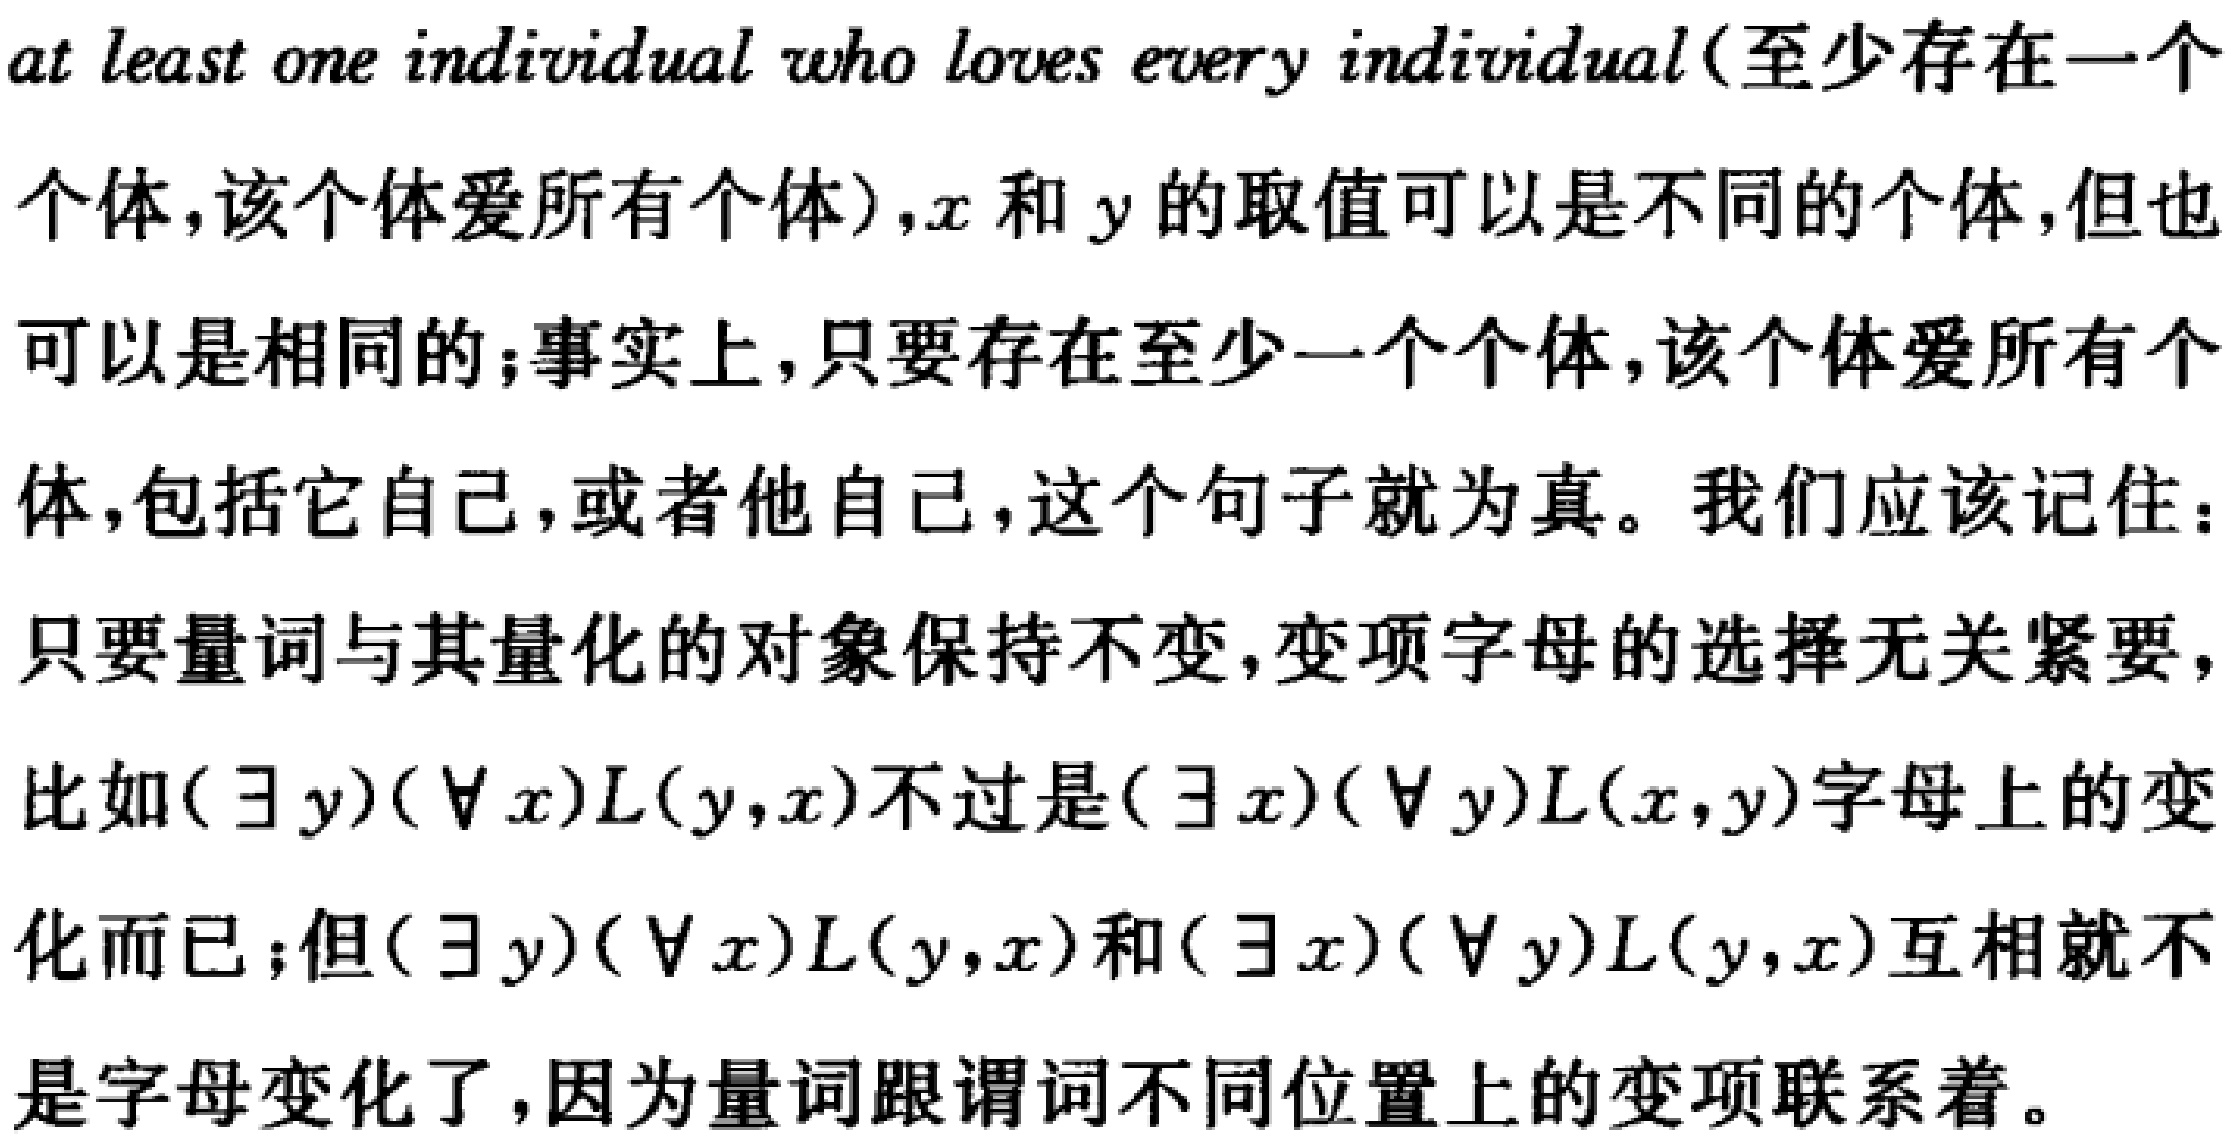
at least one individual who loves every individual(至少存在一个个体，该个体爱所有个体), \(x\) 和 \(y\) 的取值可以是不同的个体，但也可以是相同的；事实上，只要存在至少一个个体，该个体爱所有个体，包括它自己，或者他自己，这个句子就为真。我们应该记住：只要量词与其量化的对象保持不变，变项字母的选择无关紧要，比如\((\exists y)(\forall x)L(y,x)\)不过是\((\exists x)(\forall y)L(x,y)\)字母上的变化而已；但\((\exists y)(\forall x)L(y,x)\)和\((\exists x)(\forall y)L(y,x)\)互相就不是字母变化了，因为量词跟谓词不同位置上的变项联系着。